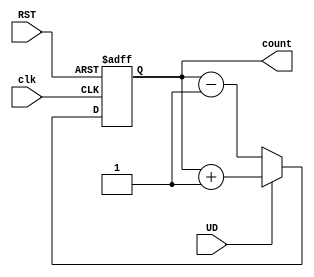
module UpDownCounter (
    input wire clk,         // Clock signal
    input wire UD,         // Up/Down control signal (1 for up, 0 for down)
    input wire RST,        // Asynchronous reset signal
    output reg [N-1:0] count // Counter output
);
    parameter N = 4; // Number of bits for the counter (can be changed as needed)

    always @(posedge clk or posedge RST) begin
        if (RST) begin
            count <= 0; // Asynchronous reset to 0
        end else begin
            if (UD) begin
                count <= count + 1; // Count up
            end else begin
                count <= count - 1; // Count down
            end
        end
    end

endmodule